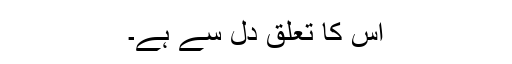
اس کا تعلق دل سے ہے۔